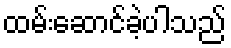
ထမ်းဆောင်ခဲ့ပါသည်